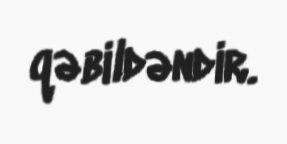
qəbildəndir.